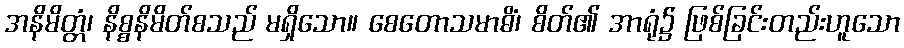
အနိမိတ္တံ၊ နိစ္စနိမိတ်စသည် မရှိသော။ စေတောသမာဓိံ၊ စိတ်၏ အာရုံ၌ ဖြစ်ခြင်းတည်းဟူသော